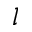
l